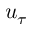
u _ { \tau }